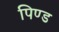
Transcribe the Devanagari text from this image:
पिण्‍ड